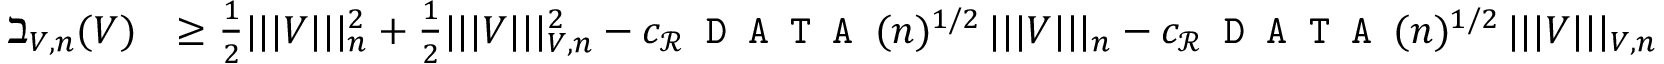
\begin{array} { r l } { \beth _ { \boldsymbol { V } , n } ( \boldsymbol { V } ) } & { \geq \frac { 1 } { 2 } | | | \boldsymbol { V } | | | _ { n } ^ { 2 } + \frac { 1 } { 2 } | | | \boldsymbol { V } | | | _ { \boldsymbol { V } , n } ^ { 2 } - c _ { { \mathcal R } } \texttt { D A T A } ( n ) ^ { 1 / 2 } \, | | | \boldsymbol { V } | | | _ { n } - c _ { { \mathcal R } } \texttt { D A T A } ( n ) ^ { 1 / 2 } \, | | | \boldsymbol { V } | | | _ { \boldsymbol { V } , n } } \end{array}